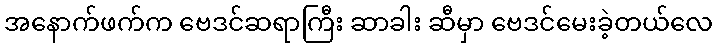
အနောက်ဖက်က ဗေဒင်ဆရာကြီး ဆာခါး ဆီမှာ ဗေဒင်မေးခဲ့တယ်လေ